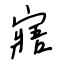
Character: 寤